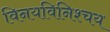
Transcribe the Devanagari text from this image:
विनयविनिश्चय